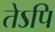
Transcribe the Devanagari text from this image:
तेऽपि